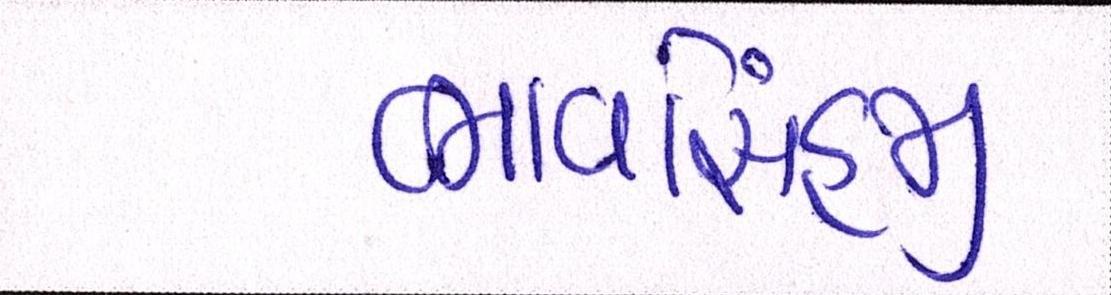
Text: ભાવસિંહજી